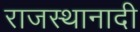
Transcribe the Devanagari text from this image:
राजस्थानादी